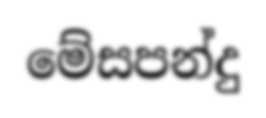
මේසපන්දු